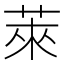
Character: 萊